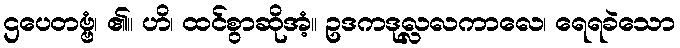
ဌပေတဗ္ဗံ၊ ၏။ ဟိ၊ ထင်စွာဆိုအံ့။ ဥဒကဒုလ္လလကာလေ၊ ရေရခဲသော